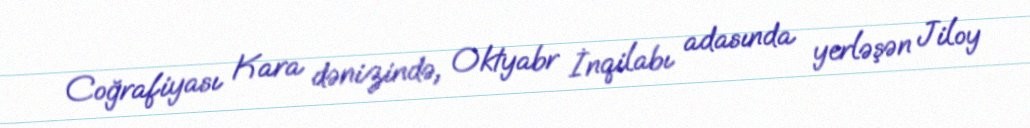
Coğrafiyası Kara dənizində, Oktyabr İnqilabı adasında yerləşən Jiloy